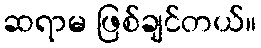
ဆရာမ ဖြစ်ချင်တယ်။